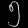
Digit: ၅